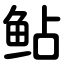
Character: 鲇